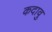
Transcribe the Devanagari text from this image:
कदावु